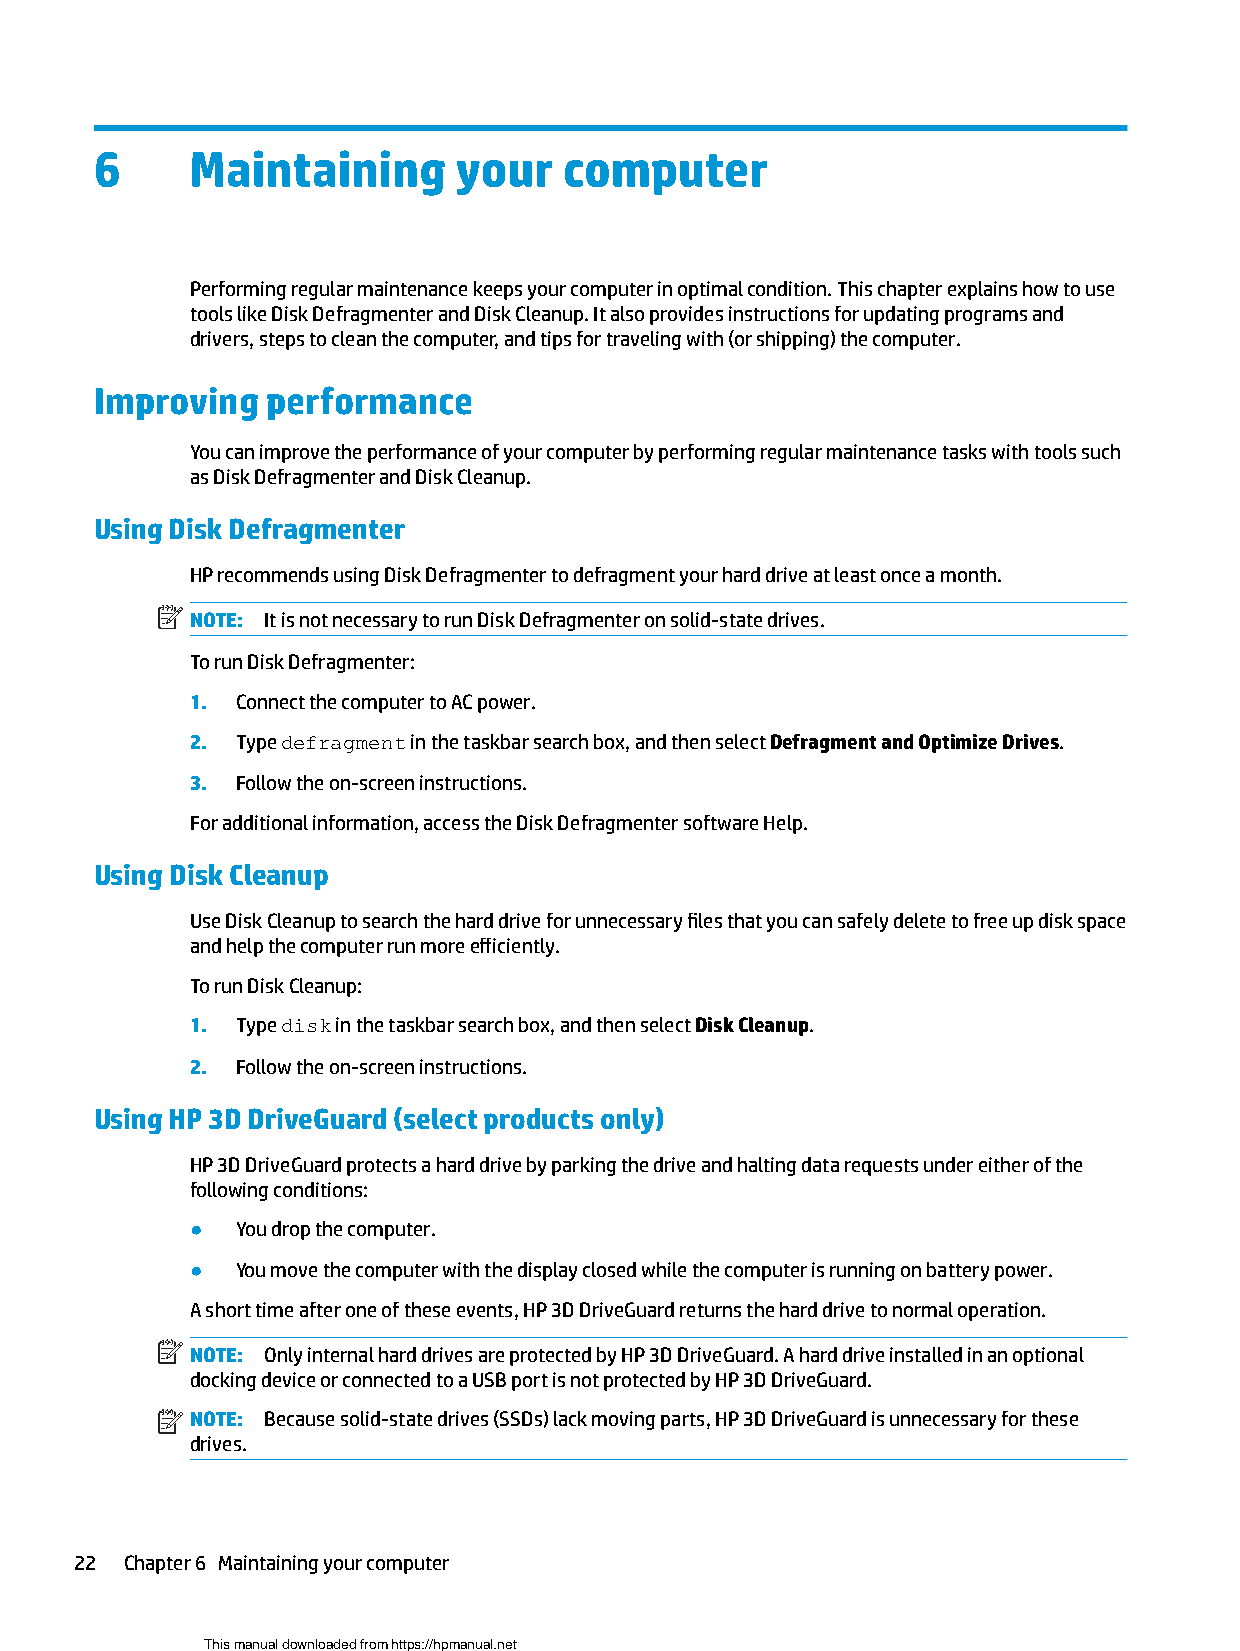
6     Maintaining       your   computer
 Performing regular maintenance keeps your computer in optimal condition. This chapter explains how to use
 tools like Disk Defragmenter and Disk Cleanup. It also provides instructions for updating programs and
 drivers, steps to clean the computer, and tips for traveling with (or shipping) the computer.
 Improving   performance
 You can improve the performance of your computer by performing regular maintenance tasks with tools such
 as Disk Defragmenter and Disk Cleanup.
 Using Disk Defragmenter
 HP recommends using Disk Defragmenter to defragment your hard drive at least once a month.
 NOTE: It is not necessary to run Disk Defragmenter on solid-state drives.
 To run Disk Defragmenter:
 1. Connect the computer to AC power.
 2. Type defragment in the taskbar search box, and then select Defragment and Optimize Drives.
 3. Follow the on-screen instructions.
 For additional information, access the Disk Defragmenter software Help.
 Using Disk Cleanup
 Use Disk Cleanup to search the hard drive for unnecessary files that you can safely delete to free up disk space
 and help the computer run more efficiently.
 To run Disk Cleanup:
 1. Type disk in the taskbar search box, and then select Disk Cleanup.
 2. Follow the on-screen instructions.
 Using HP 3D DriveGuard (select products only)
 HP 3D DriveGuard protects a hard drive by parking the drive and halting data requests under either of the
 following conditions:
 ●  You drop the computer.
 ●  You move the computer with the display closed while the computer is running on battery power.
 A short time after one of these events, HP 3D DriveGuard returns the hard drive to normal operation.
 NOTE: Only internal hard drives are protected by HP 3D DriveGuard. A hard drive installed in an optional
 docking device or connected to a USB port is not protected by HP 3D DriveGuard.
 NOTE: Because solid-state drives (SSDs) lack moving parts, HP 3D DriveGuard is unnecessary for these
 drives.
 22 Chapter 6 Maintaining your computer
 This manual downloaded from https://hpmanual.net